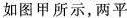
如图甲所示，两平